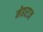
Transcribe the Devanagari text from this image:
मेहराज